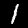
Digit: 1